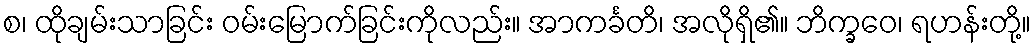
စ၊ ထိုချမ်းသာခြင်း ဝမ်းမြောက်ခြင်းကိုလည်း။ အာကင်္ခတိ၊ အလိုရှိ၏။ ဘိက္ခဝေ၊ ရဟန်းတို့။